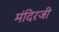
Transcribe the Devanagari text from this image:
मंदिरजी